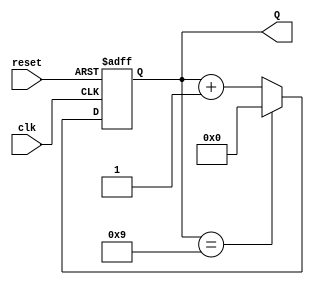
module bcd_counter (
    input wire clk,        // Clock input
    input wire reset,      // Asynchronous reset input
    output reg [3:0] Q     // 4-bit output for BCD count
);

// Always block triggered on the rising edge of the clock or when reset is asserted
always @(posedge clk or posedge reset) begin
    if (reset) begin
        Q <= 4'b0000; // Reset the counter to 0
    end else begin
        if (Q == 4'b1001) begin
            Q <= 4'b0000; // Wrap around to 0 after reaching 9
        end else begin
            Q <= Q + 1; // Increment the counter
        end
    end
end

endmodule